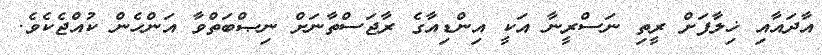
އާދައާއި ޚިލާފަށް ރީތި ނަސްރީނާ އަކީ އިންޑިއާގެ ރާޖަސްތާނަށް ނިޞްބަތްވާ އަންހެން ކުއްޖެކެވެ.